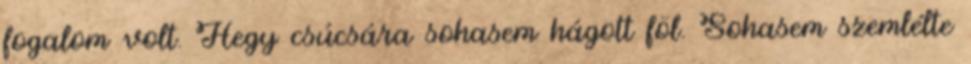
fogalom volt. Hegy csúcsára sohasem hágott föl. Sohasem szemlélte